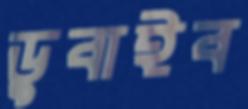
ডুবাইব